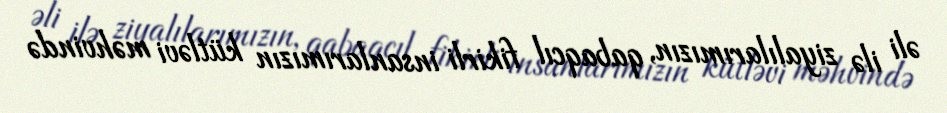
əli ilə ziyalılarımızın, qabaqcıl fikirli insanlarımızın kütləvi məhvində